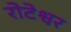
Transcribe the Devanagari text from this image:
रोटेश्वर